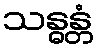
သန္ဓန္တံ